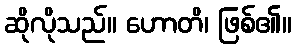
ဆိုလိုသည်။ ဟောတိ၊ ဖြစ်၏။